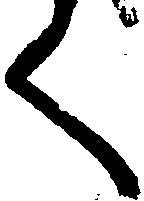
く